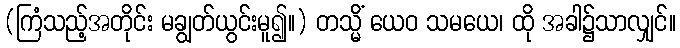
(ကြံသည့်အတိုင်း မချွတ်ယွင်းမူ၍။) တသ္မိံ ယေဝ သမယေ၊ ထို အခါ၌သာလျှင်။